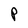
Character: P